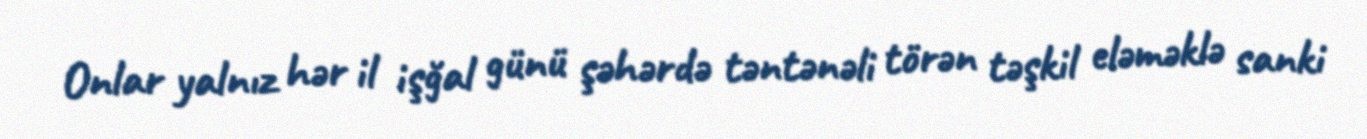
Onlar yalnız hər il işğal günü şəhərdə təntənəli törən təşkil eləməklə sanki